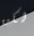
لكن